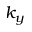
k _ { y }